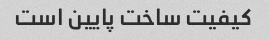
کیفیت ساخت پایین است